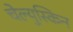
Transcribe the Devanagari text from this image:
चेल्युस्किन